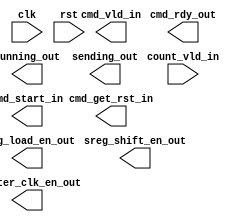
`timescale 1ns / 1ps
//////////////////////////////////////////////////////////////////////////////////
// Company: 
// Engineer: 
// 
// Design Name: 
// Module Name:    peak_counter_controller 
// Project Name: 
// Target Devices: 
// Tool versions: 
// Description: 
//
// Dependencies: 
//
// Revision: 
// Revision 0.01 - File Created
// Additional Comments: 
//
//////////////////////////////////////////////////////////////////////////////////

module peak_counter_controller(
  // Global Inputs
  clk,
  rst,
  // Datapath Inputs
  count_vld_in,
  
  // Datapath Outputs
  sreg_load_en_out,
  sreg_shift_en_out,
  counter_clk_en_out,
  
  // Application Inputs
  cmd_vld_in,
  cmd_get_rst_in,
  cmd_start_in,
  // Application Outputs
  cmd_rdy_out,
  running_out,
  sending_out
  );
  
// Module Parameter Declarations
parameter CNTR_DEPTH = 24; // Number of counters
localparam CNTR_DEPTH_BLEN = clog2(CNTR_DEPTH); // Minimum number of bits needed to represent CNTR_DEPTH number

// PORT DECLARATIONS
  // Global Inputs
input clk;
input rst;
  // Datapath Inputs
input count_vld_in;
  // Datapath Outputs
output  sreg_load_en_out;
output  sreg_shift_en_out;
output  counter_clk_en_out;
  // Application Inputs
output cmd_vld_in;
output cmd_get_rst_in;
output cmd_start_in;
  // Application Outputs
output  cmd_rdy_out;  
output  running_out;
output  sending_out;
// PORT DECLARATIONS END


// Variable Declarations
// Word is used to represent collection of CNTR_WIDTH number of bits.
// The amount of words need to be passed to count_out in datapath is determined by the 
// CNTR_DEPTH parameter as it refers to the total number of counters used.
reg [CNTR_DEPTH_BLEN-1:0] word_counter;
reg sending_out_reg;
reg running_out_reg;
reg sreg_load_en_out_reg;
reg sreg_shift_en_out_reg;
reg counter_clk_en_out_reg;


//// @TODO: DON'T DO THIS LIKE THIS, WRITE A MOORE MACHINE INSTEAD OF MEALY
// Sequential Block for Counter Start-Stop Command
always@(posedge clk)
begin
  if(rst)
  begin
    counter_clk_en_out_reg <= 1'b1;
  end
  else if(cmd_vld_in)
  begin
    if(cmd_start_in)
      counter_clk_en_out_reg <= 1'b1;
    else
      counter_clk_en_out_reg <= 1'b0;
  end
end

// Sequential Block for getReset Command




////////////////////////////////
// ceil(log2(x)) Function  ////
function integer clog2;
  input integer value;
  begin
    value = value-1;
    for (clog2=0; value>0; clog2=clog2+1)
      value = value>>1;
  end
endfunction
/////////////////////////////////
/////////////////////////////////

endmodule